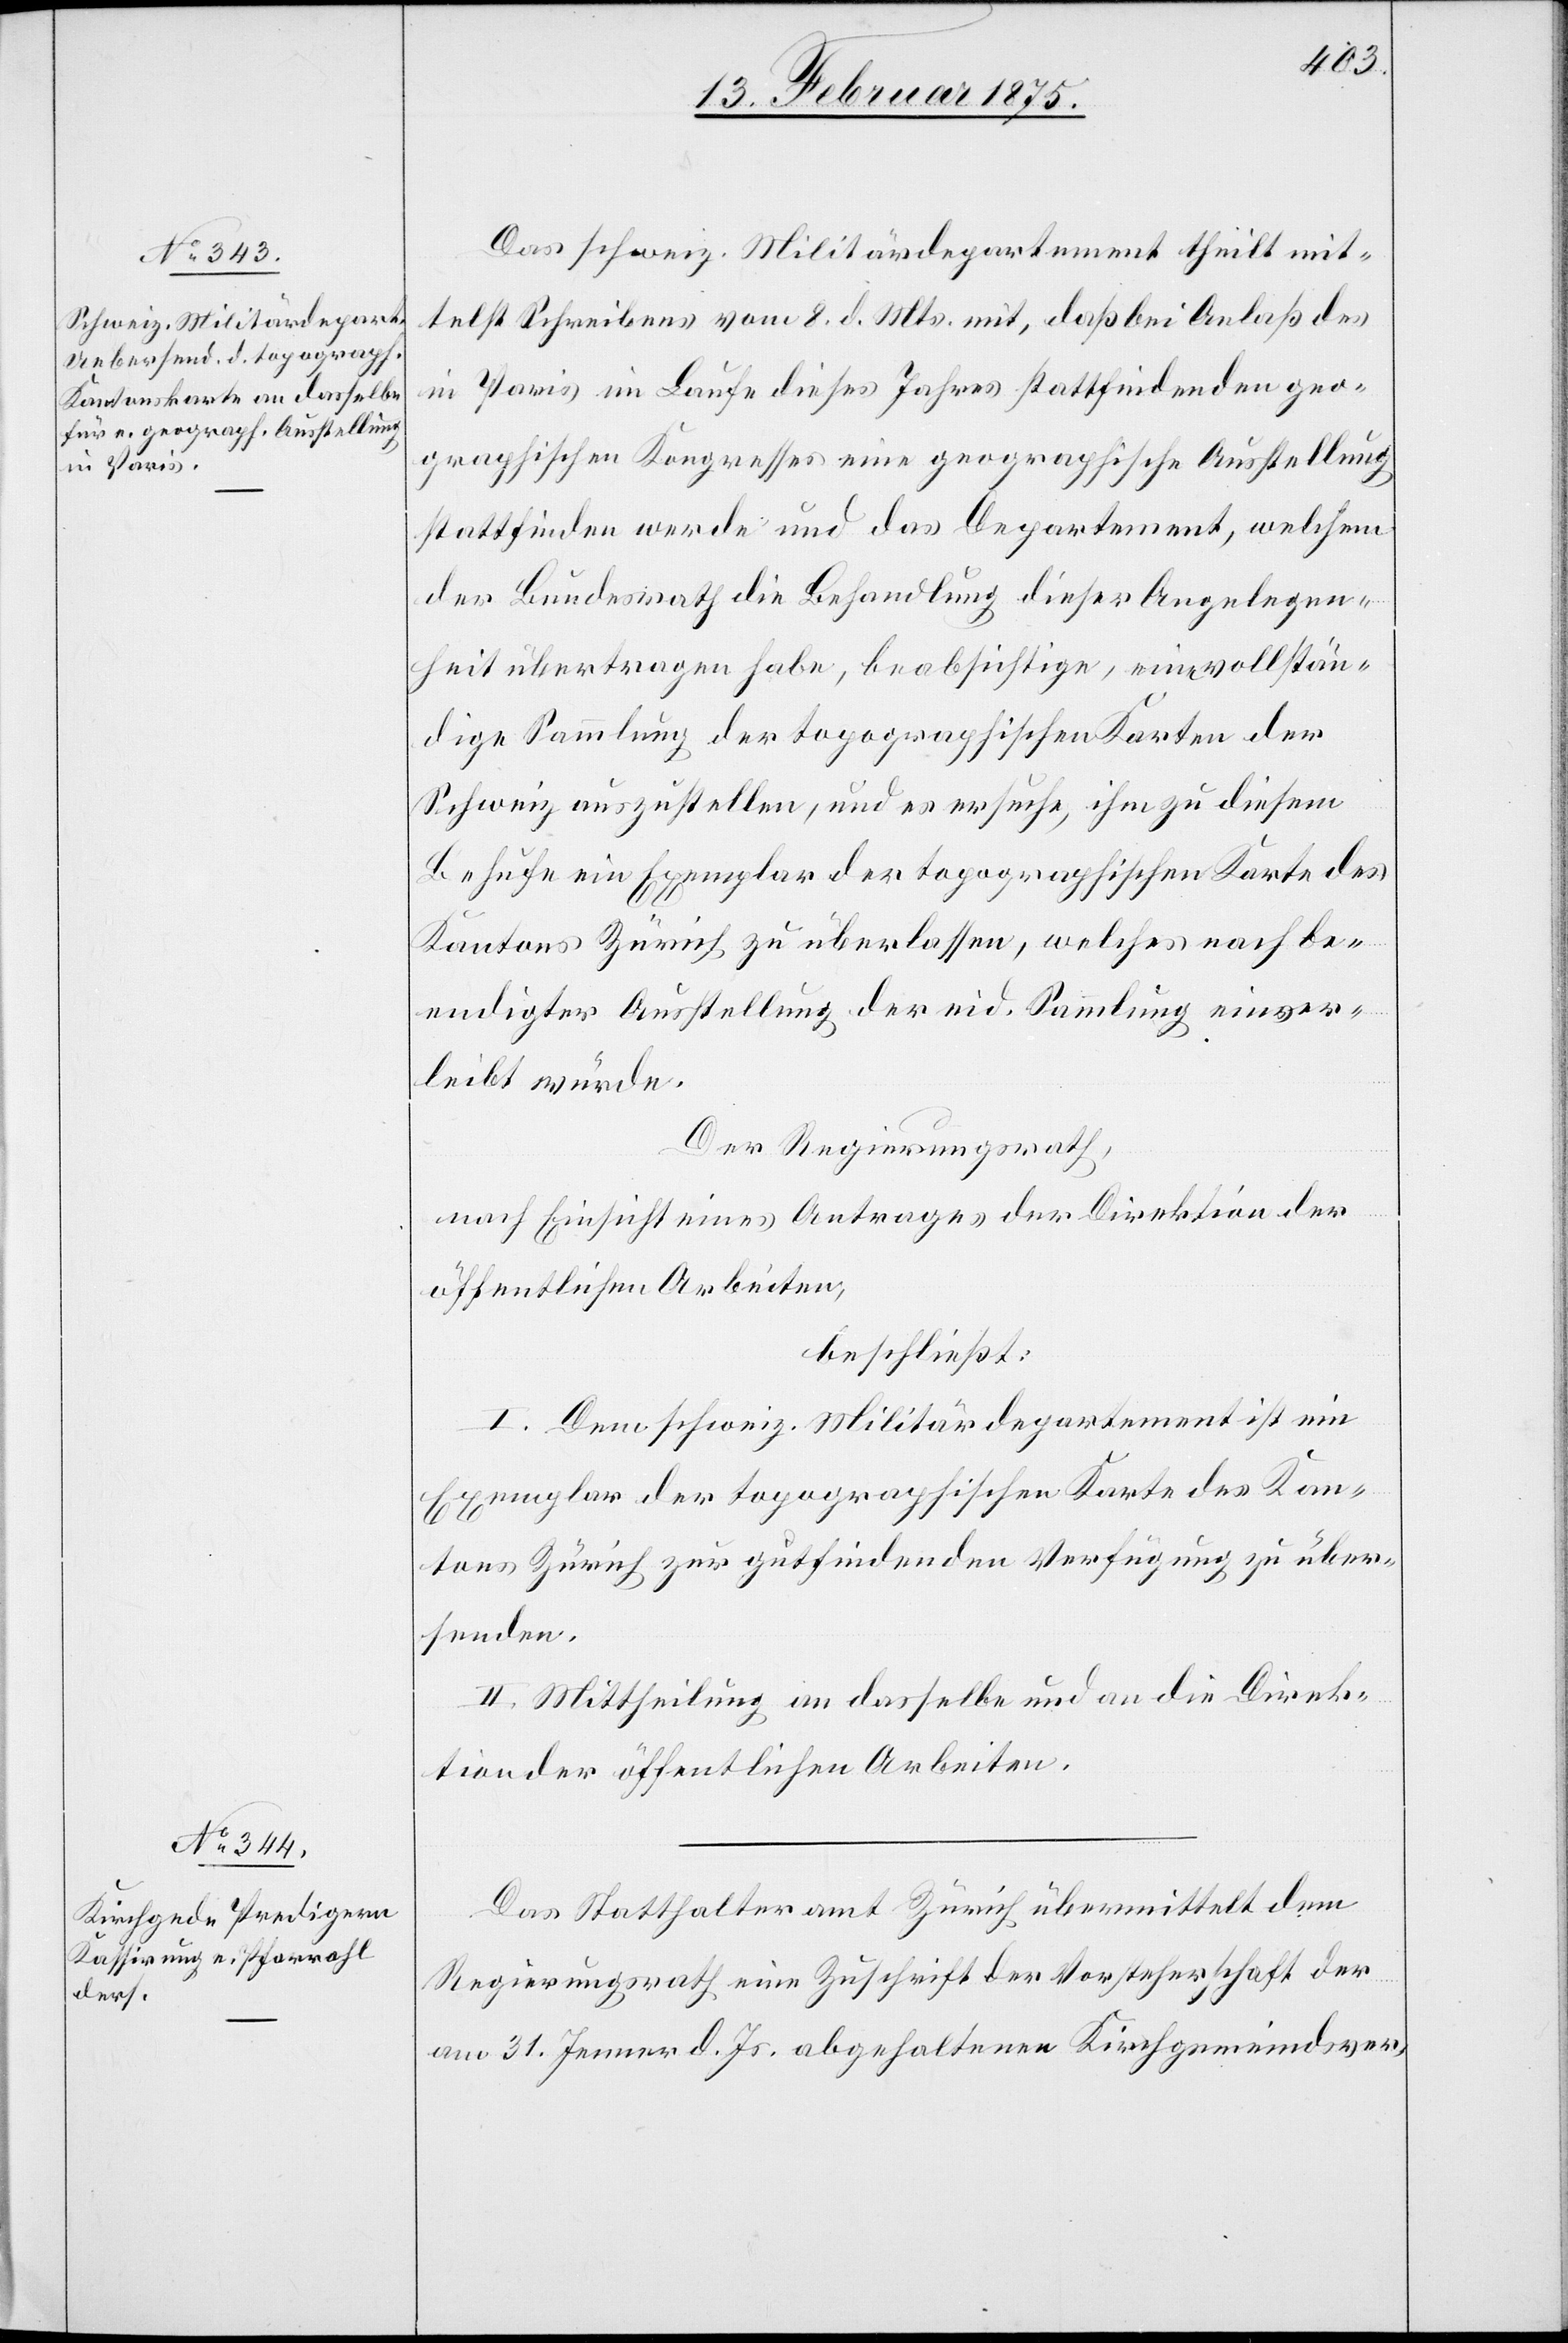
Das schweiz. Militärdepartement theilt mit¬
telst Schreibens vom 8. d. Mts. mit, daß bei Anlaß des
in Paris im Laufe dieses Jahres stattfindenden geo¬
graphischen Kongresses eine geographische Ausstellung
stattfinden werde und das Departement, welchem
der Bundesrath die Behandlung dieser Angelegen¬
heit übertragen habe, beabsichtige, eine vollstän¬
dige Sammlung der topographischen Karten der
Schweiz auszustellen, und es ersuche, ihm zu diesem
Behufe ein Exemplar der topographischen Karte des
Kantons Zürich zu überlassen, welches nach be¬
endigter Ausstellung der eid. Sammlung einver¬
leibt würde.
Der Regierungsrath,
nach Einsicht eines Antrages der Direktion der
öffentlichen Arbeiten,
beschließt:
I. Dem schweiz. Militärdepartement ist ein
Exemplar der topographischen Karte des Kan¬
tons Zürich zur gutfindenden Verfügung zu über¬
senden.
II. Mittheilung an dasselbe und an die Direk¬
tion der öffentlichen Arbeiten.
Das Statthalteramt Zürich übermittelt dem
Regierungsrath eine Zuschrift der Vorsteherschaft der